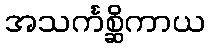
အသင်္ကစ္ဆိကာယ